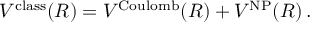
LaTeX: V ^ { \mathrm { c l a s s } } ( R ) = V ^ { \mathrm { C o u l o m b } } ( R ) + V ^ { \mathrm { N P } } ( R ) \, .